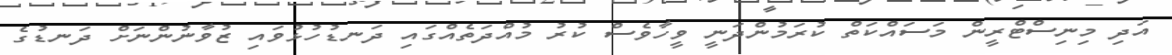
އަދި މިނިސްޓްރީން މަސައްކަތް ކުރަމުންދަނީ ވީހާވެސް ކުރު މުއްދަތެއްގައި ދަނޑުހުޅުވައި ޒުވާނުންނަށް ދަނޑުގެ